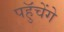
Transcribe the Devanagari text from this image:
पहुॅचेंगे